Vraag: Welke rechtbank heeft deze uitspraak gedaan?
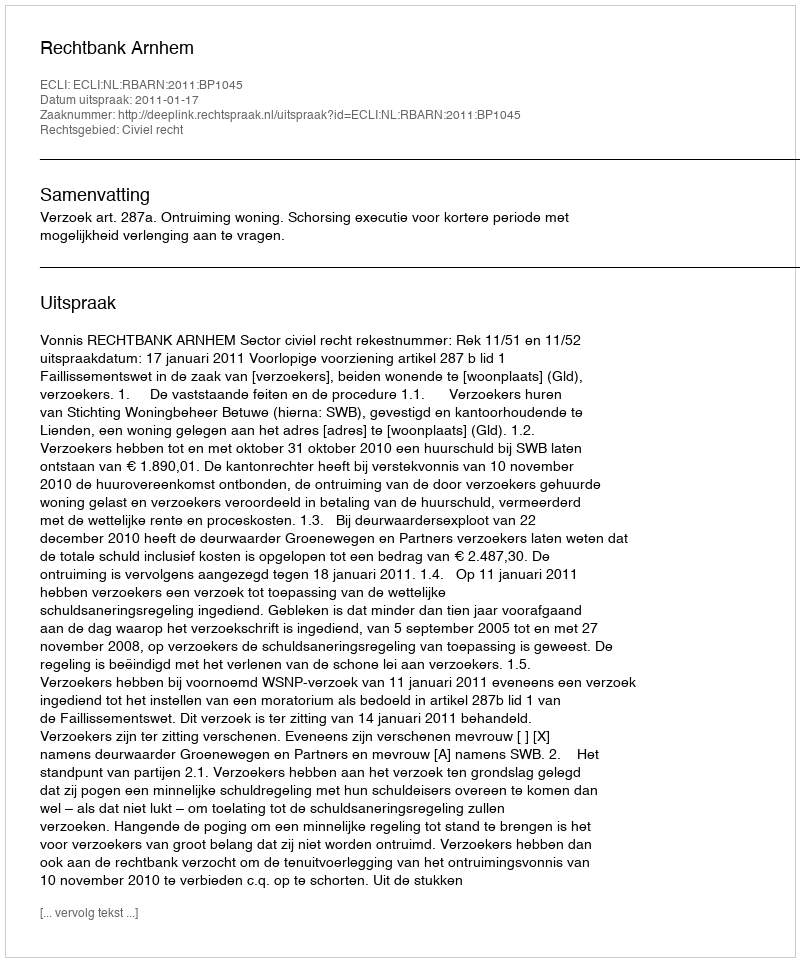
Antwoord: Rechtbank Arnhem